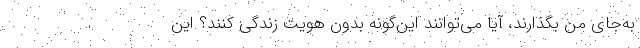
به‌جای من بگذارند، آیا می‌توانند این‌گونه بدون هویت زندگی کنند؟ این